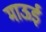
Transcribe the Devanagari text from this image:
माऊई